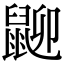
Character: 𪕋